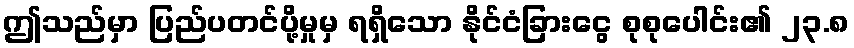
ဤသည်မှာ ပြည်ပတင်ပို့မှုမှ ရရှိသော နိုင်ငံခြားငွေ စုစုပေါင်း၏ ၂၃.၈